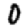
Digit: 0